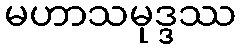
မဟာသမုဒ္ဒဿ